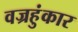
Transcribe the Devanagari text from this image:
वज्रहुंकार